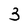
Character: 3